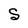
Character: S